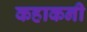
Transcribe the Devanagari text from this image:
कहाकनी